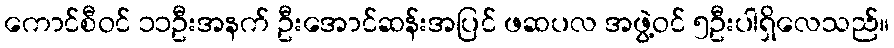
ကောင်စီဝင် ၁၁ဦးအနက် ဦးအောင်ဆန်းအပြင် ဖဆပလ အဖွဲ့ဝင် ၅ဦးပါရှိလေသည်။